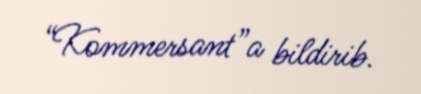
“Kommersant”a bildirib.